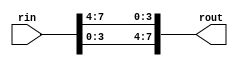
module rotnib(rin,rout);
input [7:0]rin;
output [7:0] rout;
assign rout[3:0] = rin[7:4];
assign rout[7:4] = rin[3:0];
endmodule